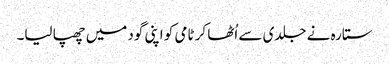
ستارہ نے جلدی سے اُٹھا کر ٹامی کو اپنی گود میں چھپا لیا۔